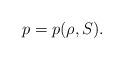
LaTeX: \begin{align*}p=p(\rho,S) .\end{align*}